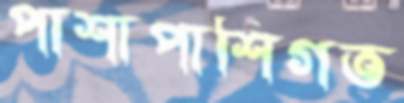
পাশাপাশিগত